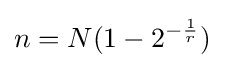
n=N(1-2^{-{\frac {1}{r}}})